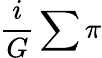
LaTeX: \frac{i}{G}\sum\pi